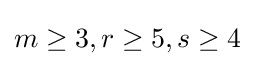
m\geq 3,r\geq 5,s\geq 4